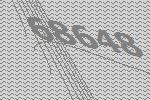
68648